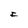
Character: I